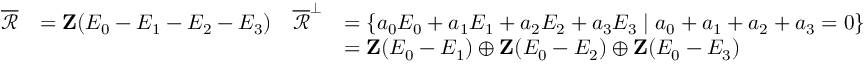
\begin{array} { r l r l } { \overline { { \mathscr { R } } } } & { = \mathbf { Z } ( E _ { 0 } - E _ { 1 } - E _ { 2 } - E _ { 3 } ) } & { \overline { { \mathscr { R } } } ^ { \perp } } & { = \left\{ a _ { 0 } E _ { 0 } + a _ { 1 } E _ { 1 } + a _ { 2 } E _ { 2 } + a _ { 3 } E _ { 3 } \mid a _ { 0 } + a _ { 1 } + a _ { 2 } + a _ { 3 } = 0 \right\} } \\ & { } & & { = \mathbf { Z } ( E _ { 0 } - E _ { 1 } ) \oplus \mathbf { Z } ( E _ { 0 } - E _ { 2 } ) \oplus \mathbf { Z } ( E _ { 0 } - E _ { 3 } ) } \end{array}